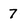
Character: 7